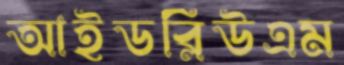
আইডব্লিউএম